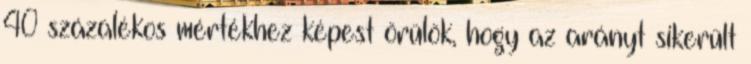
40 százalékos mértékhez képest örülök, hogy az arányt sikerült